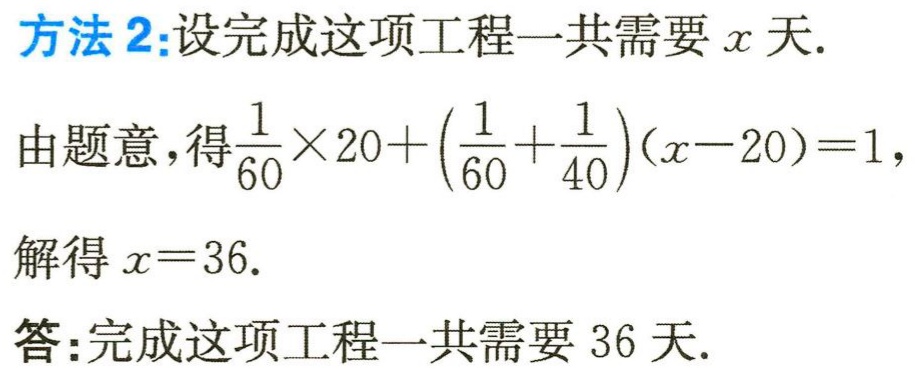
方法2:设完成这项工程一共需要\(x\)天.
由题意，得\(\frac{1}{60}\times20 + (\frac{1}{60} + \frac{1}{40})(x - 20)=1\)，
解得\(x = 36\).
答:完成这项工程一共需要 36 天.